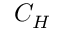
C _ { H }